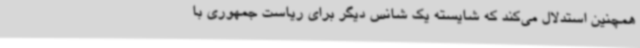
همچنین استدلال می‌کند که شایسته یک شانس دیگر برای ریاست جمهوری با